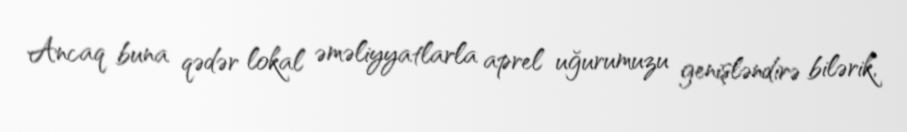
Ancaq buna qədər lokal əməliyyatlarla aprel uğurumuzu genişləndirə bilərik,